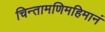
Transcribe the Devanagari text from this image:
चिन्तामणिमहिमानं